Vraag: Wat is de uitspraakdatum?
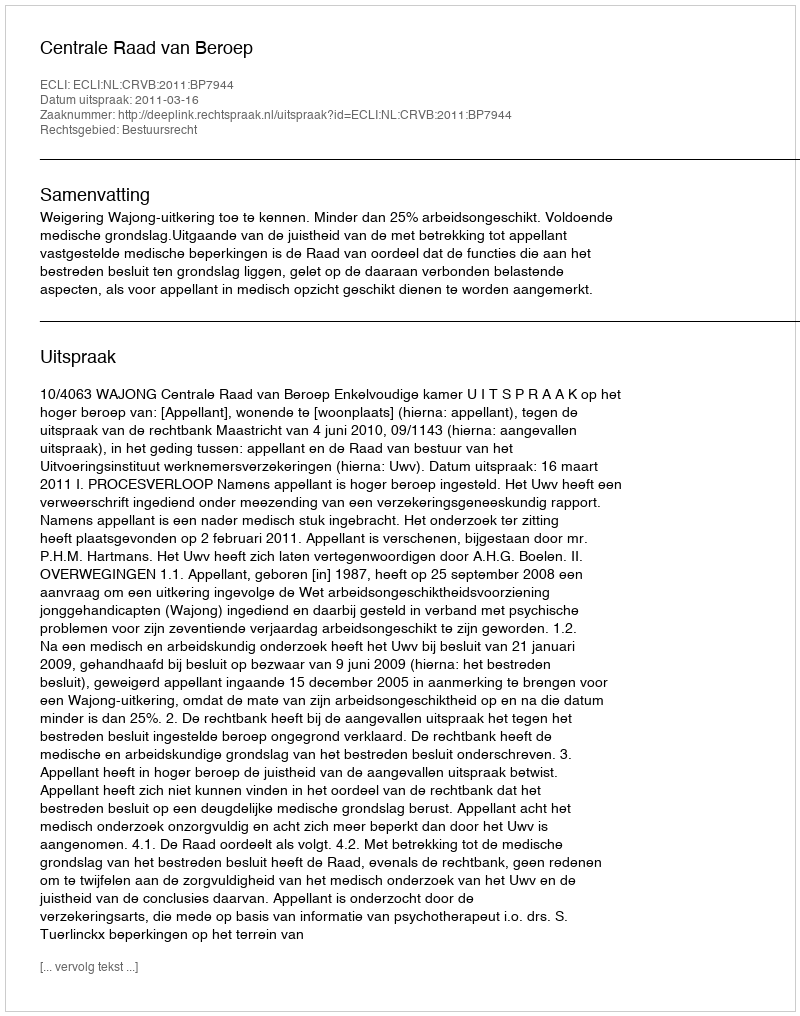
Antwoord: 2011-03-16